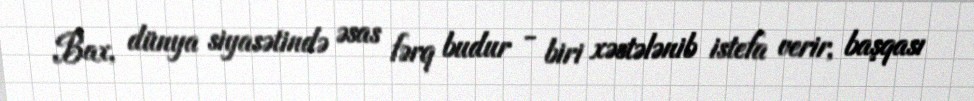
Bax, dünya siyasətində əsas fərq budur - biri xəstələnib istefa verir, başqası